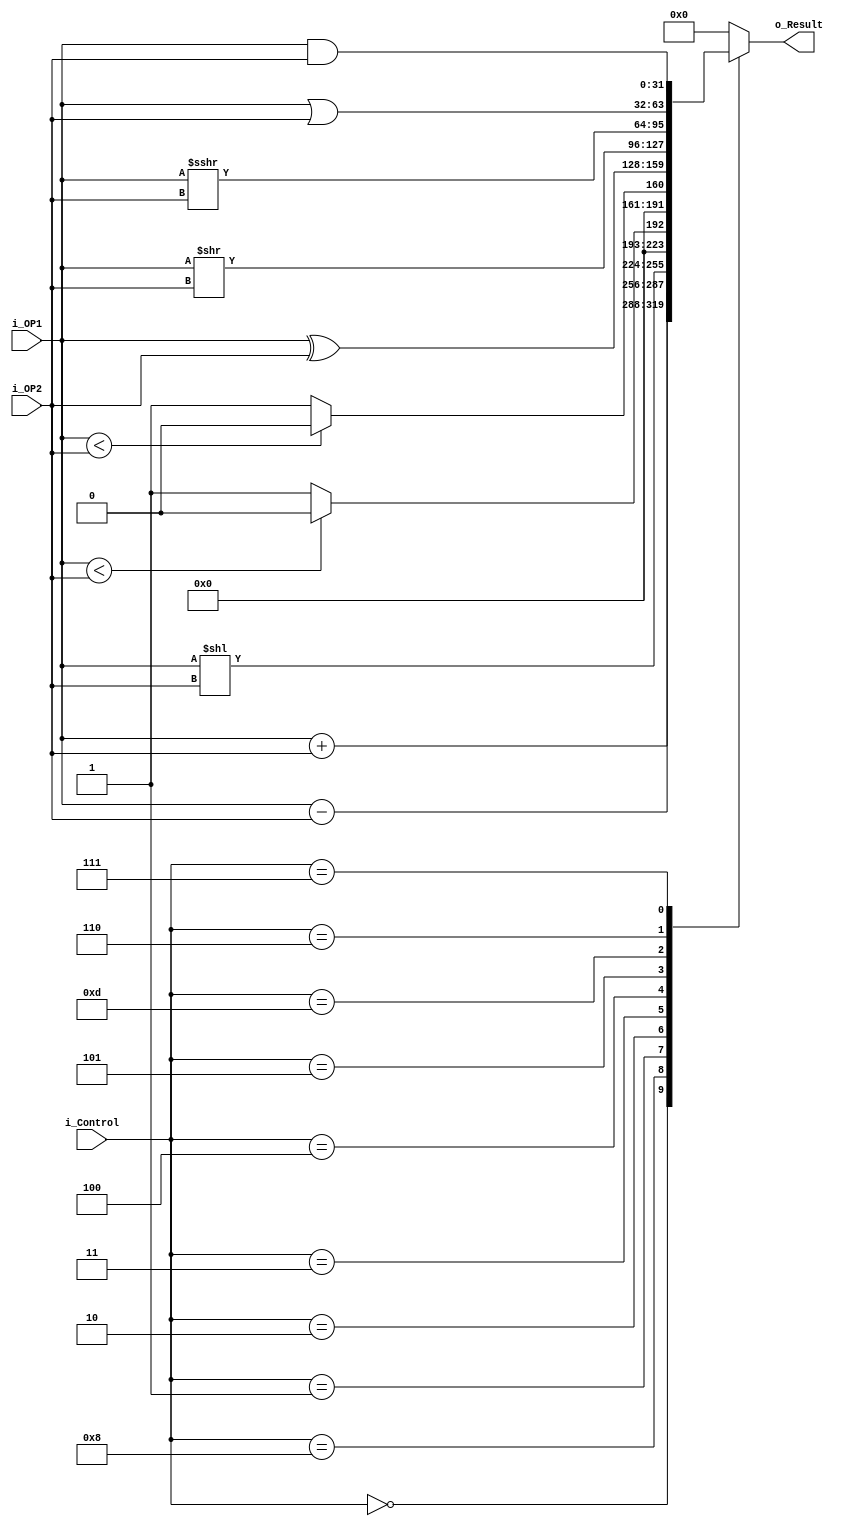
module riscv_alu(i_OP1, i_OP2,i_Control, o_Result);
  parameter BUS_WIDTH = 32;
  parameter CTRL_WIDTH = 4;

  input  [CTRL_WIDTH-1:0] i_Control;
  input  [BUS_WIDTH-1:0] i_OP1;
  input  [BUS_WIDTH-1:0] i_OP2;
  output [BUS_WIDTH-1:0] o_Result;
  reg    [BUS_WIDTH-1:0] o_Result;


  always @*
  begin
    case(i_Control)
      4'b0000: o_Result = (i_OP1 + i_OP2);
      4'b1000: o_Result = (i_OP1 - i_OP2);
			4'b0001: o_Result = (i_OP1 << i_OP2);
			4'b0010: o_Result = ($signed(i_OP1) < $signed(i_OP2)) ? 0:1;
			4'b0011: o_Result = (i_OP1 < i_OP2) ? 0:1;
			4'b0100: o_Result = (i_OP1 ^ i_OP2);
			4'b0101: o_Result = (i_OP1 >> i_OP2);
			4'b1101: o_Result = (i_OP1 >>> i_OP2);
			4'b0110: o_Result = (i_OP1 | i_OP2);
			4'b0111: o_Result = (i_OP1 & i_OP2);
      default: o_Result = 0;
    endcase
  end

endmodule